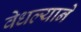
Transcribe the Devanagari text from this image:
वेधल्याने